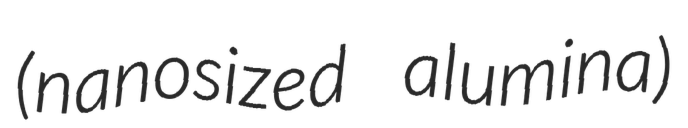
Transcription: (nanosized alumina)